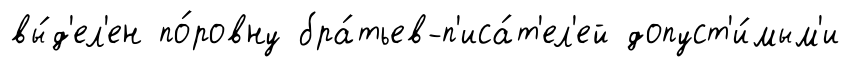
вы́д'ел'ен по́ровну бра́тьев-п'иса́т'ел'ей допуст'и́мым'и